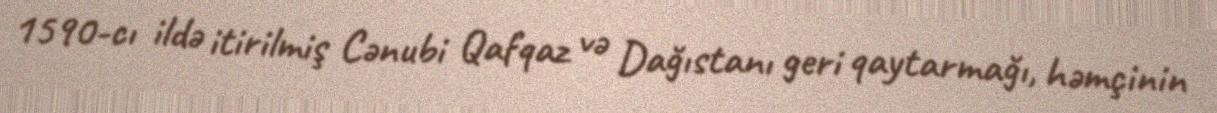
1590-cı ildə itirilmiş Cənubi Qafqaz və Dağıstanı geri qaytarmağı, həmçinin